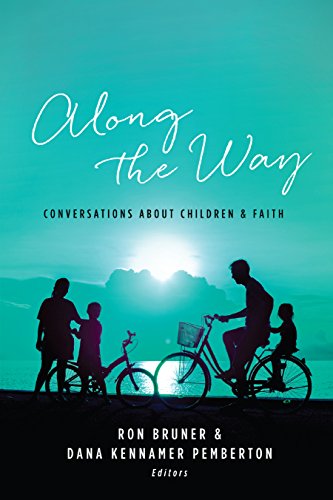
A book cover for Along the Way: Conversations About Children & Faith; Ron Bruner; Christian Books & Bibles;